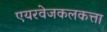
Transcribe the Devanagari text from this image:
एयरवेजकलकत्ता